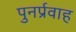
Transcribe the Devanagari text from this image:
पुनर्प्रवाह